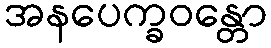
အနပေက္ခဝန္တော